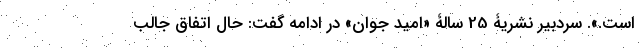
است.». سردبیر نشریۀ 25 سالۀ «امید جوان» در ادامه گفت: حال اتفاق جالب